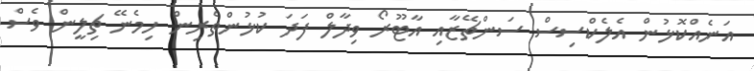
އަނެއްކޮޅުން އެލެކްސިސް ސަންޗޭޒާއި އާޓޫރޯ ވިދާލް ފަދަ ކުޅުންތެރިން ހިމެނޭ ޗިލީން ވެސް